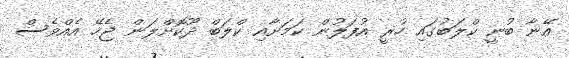
އޭނާ ބުނީ ކްލަބުގައި ހުރީ އުފަލުން ކަމަށާއި ކްލަބް ދޫކޮށްލަން ޖެހޭ އެއްވެސް